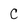
Character: C